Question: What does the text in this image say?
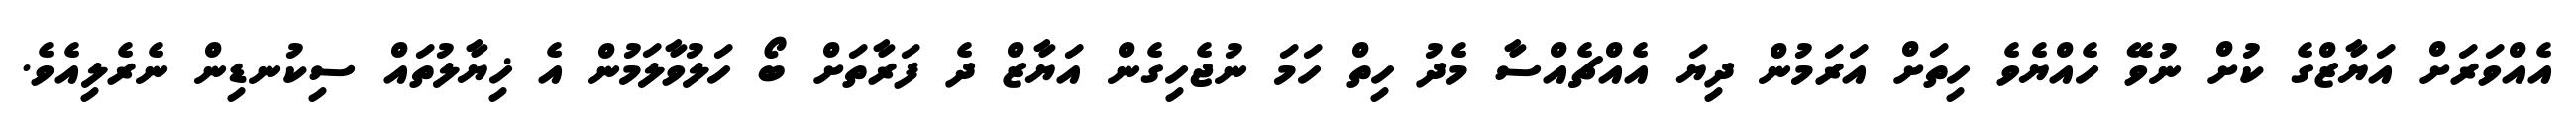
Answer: އެއްވަރަށް އަޔާޒްގެ ކުށް ނުވޭ ހެއްޔެވެ ހިތަށް އަރަމުން ދިޔަ އެއްޗެއްސާ މެދު ހިތް ހަމަ ނުޖެހިގެން އަޔާޒް ދެ ފަރާތަށް ބޯ ހަލުވާލަމުން އެ ޚިޔާލުތައް ސިކުނޑިން ނެރެލިއެވެ.